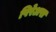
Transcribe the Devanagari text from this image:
पिरेअस